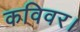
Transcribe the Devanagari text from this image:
कविवर।